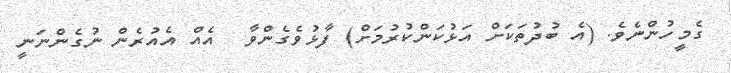
ގެމީހުންނެވެ. (އެ ބުދުތަކަށް އަޅުކަންކުރުމަށް) ފާޅުވެގެންވާ  އެއް އެއުރެން ނުގެންނަނީ